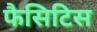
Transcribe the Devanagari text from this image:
फैसिटिस